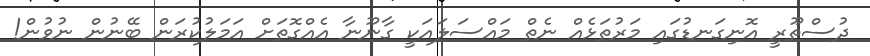
ދުސްތޫރީ އޮނިގަނޑުގައި މަރުތަޅެއް ނެތް މައްސަލައަކީ ގާނޫނާ އެއްގޮތަށް އަމަލުކުރަން ބޭނުން ނުވުން!